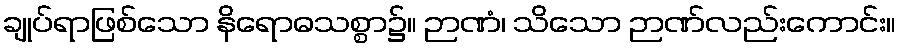
ချုပ်ရာဖြစ်သော နိရောဓသစ္စာ၌။ ဉာဏံ၊ သိသော ဉာဏ်လည်းကောင်း။